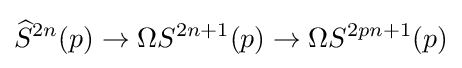
{\widehat {S}}^{2n}(p)\rightarrow \Omega S^{2n+1}(p)\rightarrow \Omega S^{2pn+1}(p)